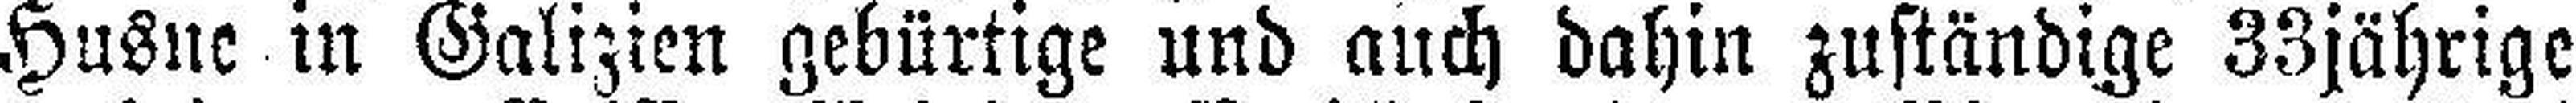
Husne in Galizien gebürtige und auch dahin zuständige 33jährige